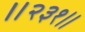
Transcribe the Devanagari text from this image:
॥२३१॥